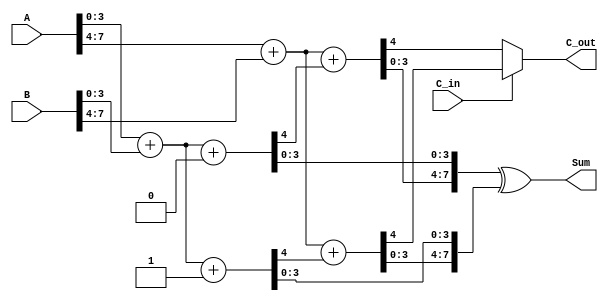
module CarrySelectAdder (
    input [7:0] A,        // 8-bit input A
    input [7:0] B,        // 8-bit input B
    input C_in,           // Carry input
    output [7:0] Sum,     // 8-bit sum output
    output C_out          // Carry output
);
    wire [3:0] sum0_0, sum0_1, sum1_0, sum1_1; // Sum outputs for each segment
    wire c0_0, c0_1, c1_0, c1_1;                // Carry outputs for each segment

    // First segment (LSB)
    assign {c0_0, sum0_0} = A[3:0] + B[3:0] + 1'b0; // C_in = 0
    assign {c0_1, sum0_1} = A[3:0] + B[3:0] + 1'b1; // C_in = 1

    // Second segment (MSB)
    assign {c1_0, sum1_0} = A[7:4] + B[7:4] + c0_0; // C_in = c0_0
    assign {c1_1, sum1_1} = A[7:4] + B[7:4] + c0_1; // C_in = c0_1

    // MUX to select the correct sum and carry for the final output
    assign Sum = {sum1_0, sum0_0} ^ {sum1_1, sum0_1}; // Concatenate sums
    assign C_out = C_in ? c1_1 : c1_0; // Select carry output based on C_in

endmodule